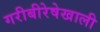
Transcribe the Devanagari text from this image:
गरीबीरेषेखाली